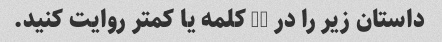
داستان زیر را در 50 کلمه یا کمتر روایت کنید.